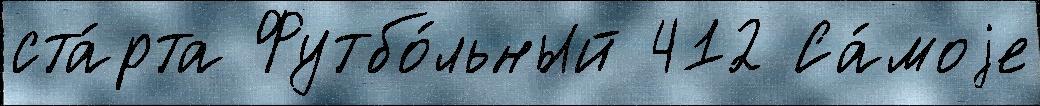
ста́рта Футбо́льный 412 Са́моjе